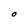
Character: O